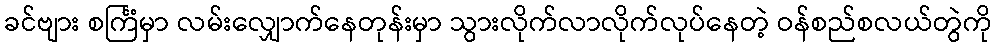
ခင်ဗျား စင်္ကြံမှာ လမ်းလျှောက်နေတုန်းမှာ သွားလိုက်လာလိုက်လုပ်နေတဲ့ ဝန်စည်စလယ်တွဲကို